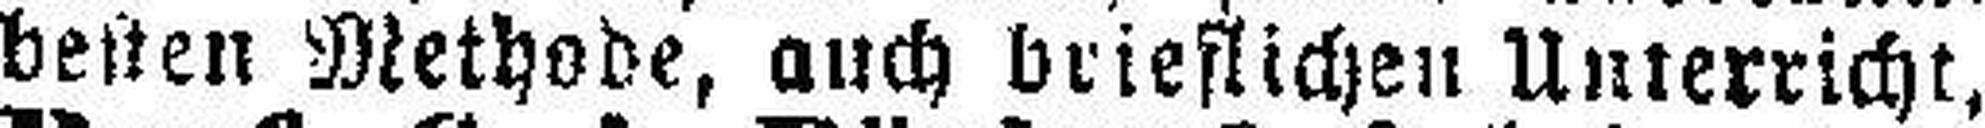
besten Methode, auch brieflichen Unterricht,